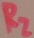
Text: R2